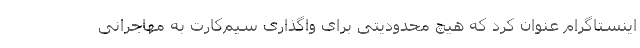
اینستاگرام عنوان کرد که هیچ محدودیتی برای واگذاری سیم‌کارت به مهاجرانی